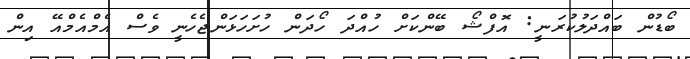
ބޯޑުން ބައްދަލުކުރަނީ: އޮފްޝޯ ބޭންކަށް ހުއްދަ ހޯދަން ހުށަހަޅަންޖެހެނީ ވެސް އެމްއެމްއޭ އިން